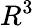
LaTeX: R^{3}